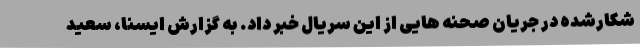
شکارشده در جریان صحنه هایی از این سریال خبر داد. به گزارش ایسنا، سعید